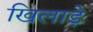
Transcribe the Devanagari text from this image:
खिलाड़े